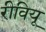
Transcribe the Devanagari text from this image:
रीवियू